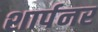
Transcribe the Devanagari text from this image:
शार्पनर